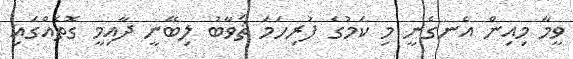
ވީމާ މިއިން އެނގެނީ މި ކަމުގެ ފުރިހަމަ ޘަވާބު ލިބޭނީ ދާއިމީ ގޮތެއްގައި